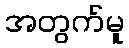
အတွက်မူ